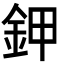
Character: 鉀